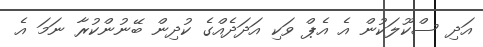
އަދި ސްކޫލަކުން އެ އެޕް ވަކި އަދަދެއްގެ ކުދިން ބޭނުންކުރާ ނަމަ އެ